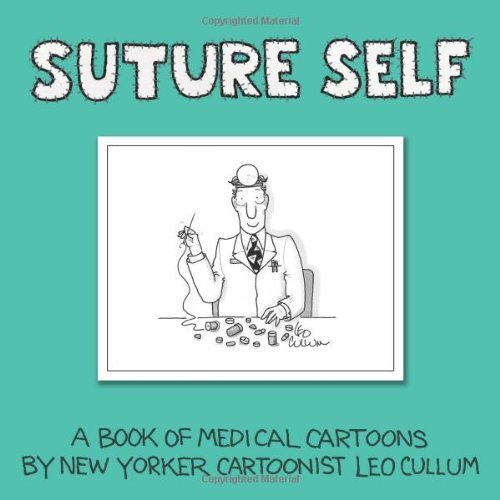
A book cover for Suture Self: A Book of Medical Cartoons by New Yorker Cartoonist Leo Cullum; Leo Cullum; Humor & Entertainment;